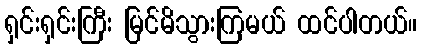
ရှင်းရှင်းကြီး မြင်မိသွားကြမယ် ထင်ပါတယ်။